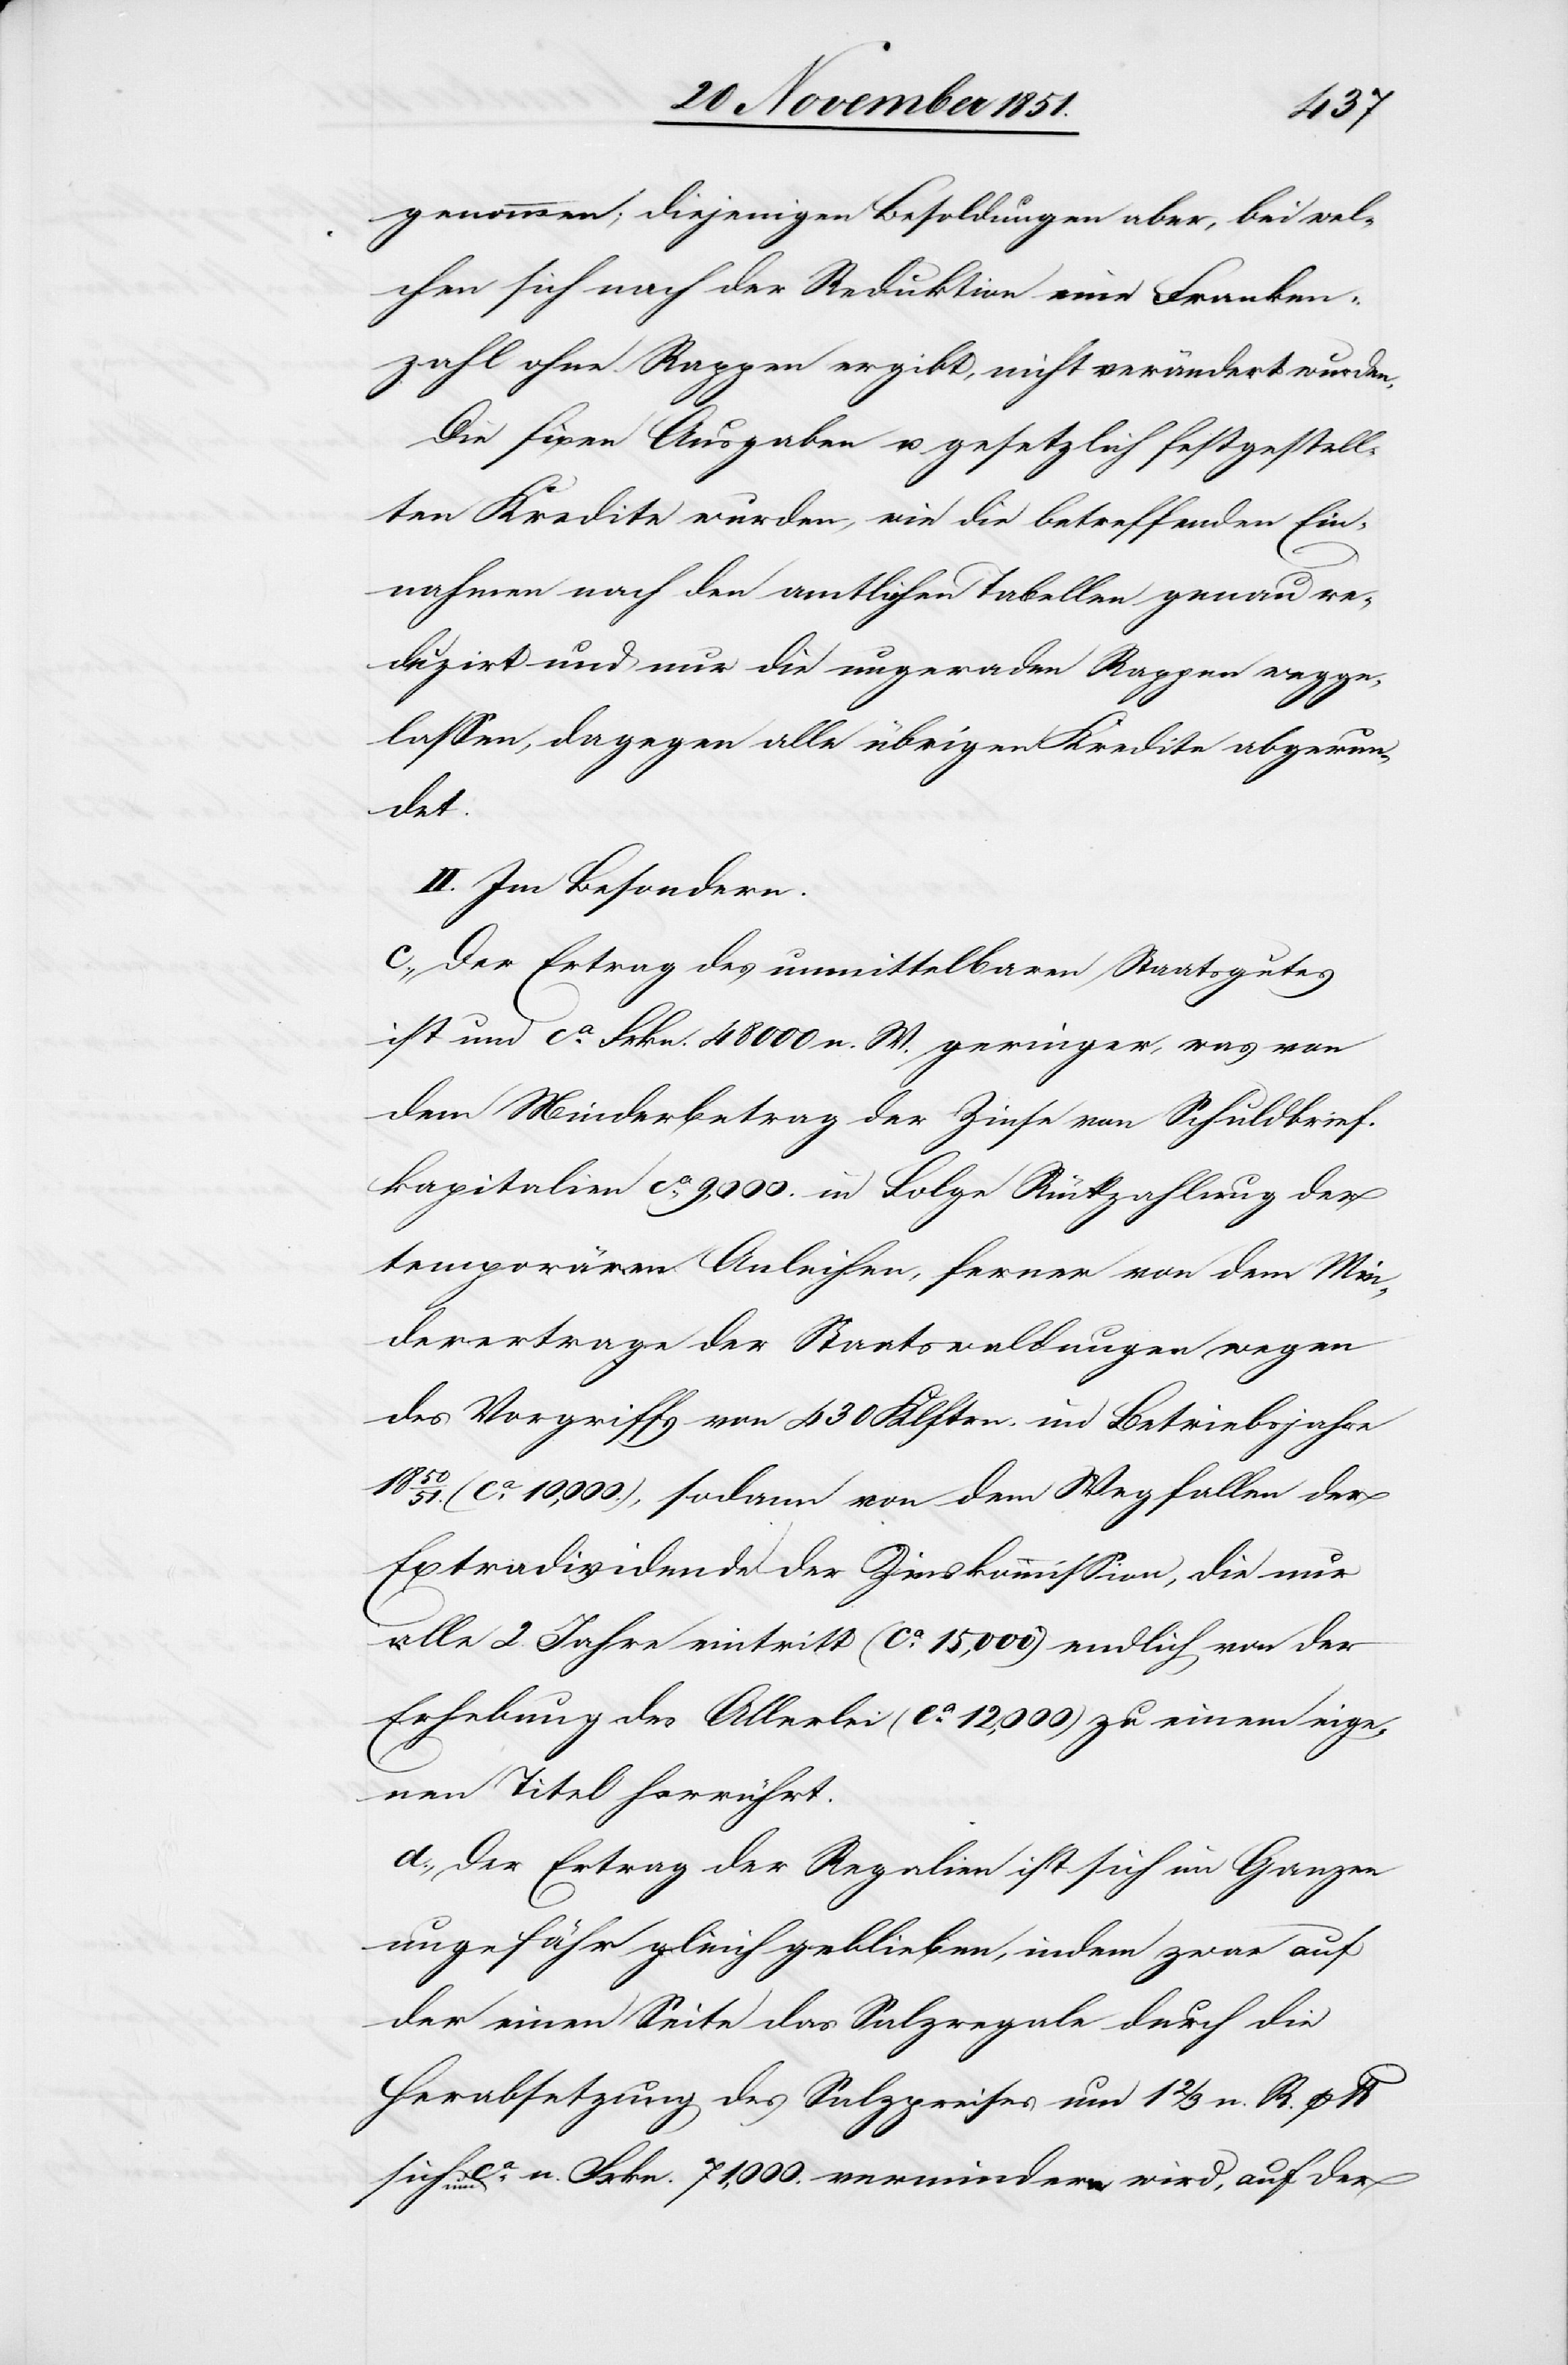
genommen [sic!]; diejenigen Besoldungen aber, bei wel¬
chen sich nach der Reduktion eine Franken¬
zahl ohne Rappen ergibt, nicht verändert wurden.
Die fixen Ausgaben u. gesetzlich festgestell¬
ten Kredite wurden, wie die betreffenden Ein¬
nahmen nach den amtlichen Tabellen genau re¬
duzirt und nur die ungeraden Rappen wegge¬
lassen, dagegen alle übrigen Kredite abgerun¬
det.
II. Im Besondern.
c., Der Ertrag des unmittelbaren Staatsgutes
ist um ca. Frkn. 48 000 n. W. geringer, was von
dem Minderbetrag der Zinse von Schuldbrief¬
kapitalien ca. 9,000. in Folge Rückzahlung der
temporären Anleihen, ferner von dem Min¬
derertrage der Staatswaldungen wegen
des Vorgriffs von 430 Klftrn. im Betriebsjahre
(ca. 10,000.), sodann von dem Wegfallen der
Extradividende der Zinskommission, die nur
alle 2. Jahre eintritt (ca. 15,000) endlich von der
Erhebung des Allerlei (ca. 12,000) zu einem eige¬
nen Titel herrührt.
d., Der Ertrag der Regalien ist sich im Ganzen
ungefähr gleich geblieben, indem zwar auf
der einen Seite das Salzregale durch die
Herabsetzung des Salzpreises um 1 2/3 n. R. p lb.
sich um ca. n. Frkn. 71,000. vermindern wird, auf der